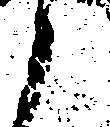
と